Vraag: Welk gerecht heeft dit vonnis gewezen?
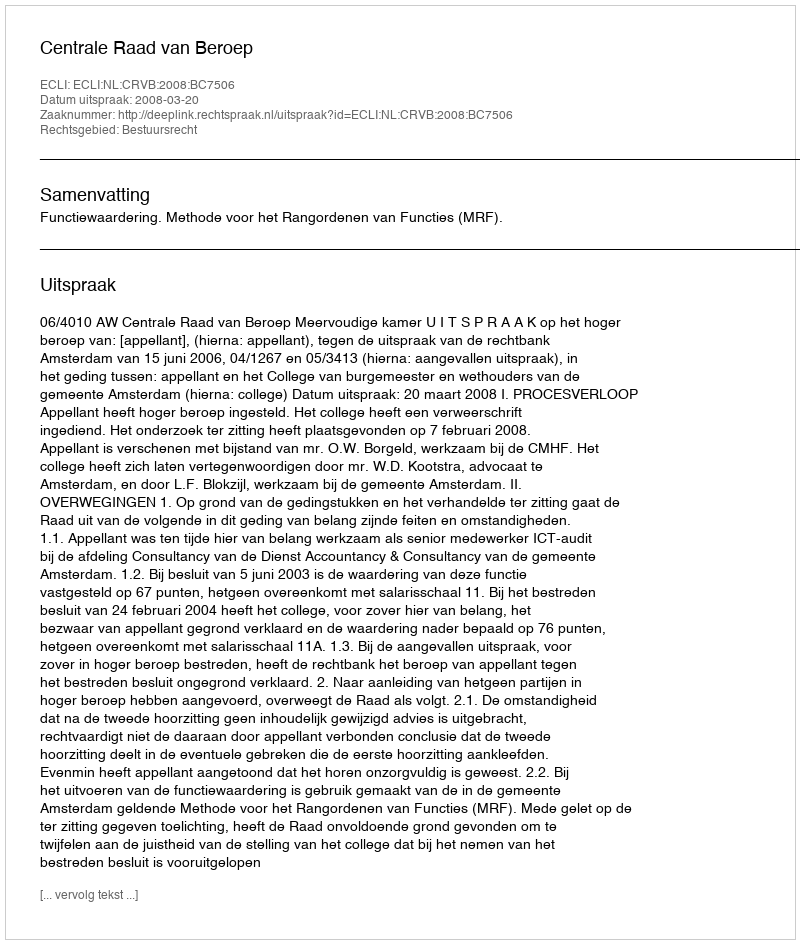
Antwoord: Centrale Raad van Beroep